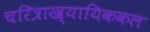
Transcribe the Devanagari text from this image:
चरित्राख्यायिककल